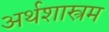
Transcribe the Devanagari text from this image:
अर्थशास्त्रम